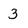
Character: 3